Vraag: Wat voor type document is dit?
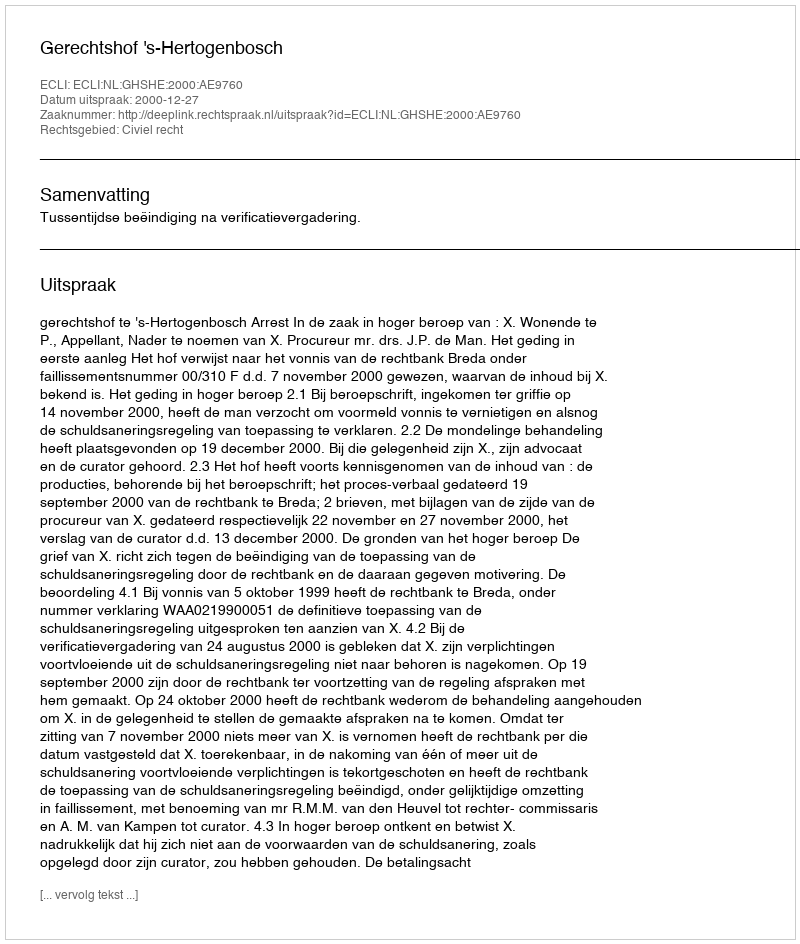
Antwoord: Uitspraak